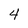
Character: 4